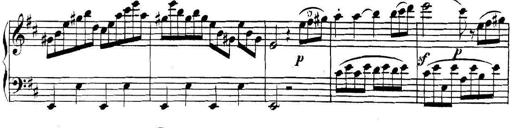
Title: Collected Piano Sonatas
Composer: Muzio Clementi